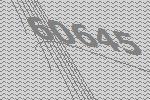
60645